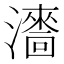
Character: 瀒